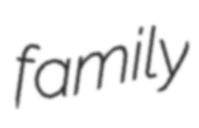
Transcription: family